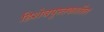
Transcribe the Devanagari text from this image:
हिशेबपुस्तकातील